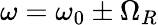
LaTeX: \omega=\omega_{0}\pm\Omega_{R}